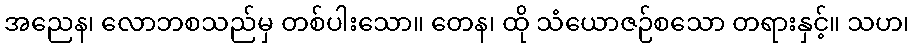
အညေန၊ လောဘစသည်မှ တစ်ပါးသော။ တေန၊ ထို သံယောဇဉ်စသော တရားနှင့်။ သဟ၊